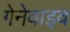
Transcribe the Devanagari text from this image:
गेनेवाइव